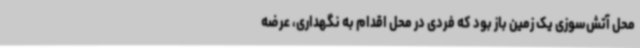
محل آتش‌سوزی یک زمین باز بود که فردی در محل اقدام به نگهداری، عرضه